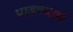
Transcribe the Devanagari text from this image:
पाडण्याचं